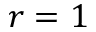
r = 1